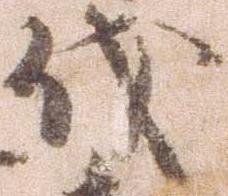
伐